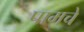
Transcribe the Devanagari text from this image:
पामचे